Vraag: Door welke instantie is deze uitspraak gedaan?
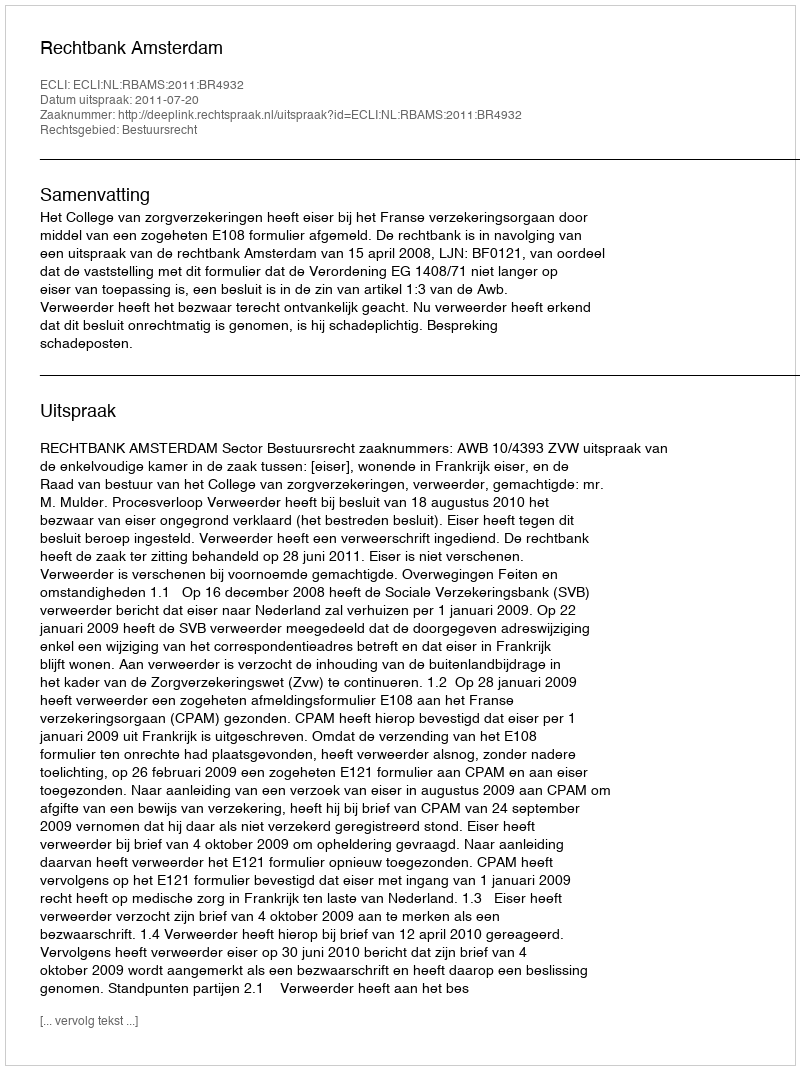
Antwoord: Rechtbank Amsterdam